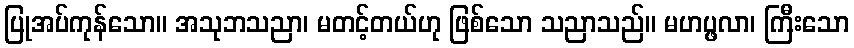
ပြုအပ်ကုန်သော။ အသုဘသညာ၊ မတင့်တယ်ဟု ဖြစ်သော သညာသည်။ မဟပ္ဖလာ၊ ကြီးသော